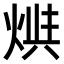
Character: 𤊪